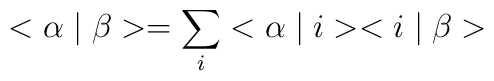
<\alpha \mid \beta>=\sum_{i}^{}<\alpha \mid i><i \mid \beta>